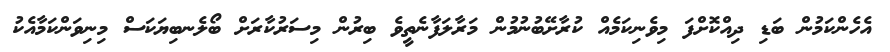
އެހެންކަމުން ބަޑި ދިއްކޮށްފަ މިވެނިކަމެއް ކުރާށޭބުނުމުން މަރާލަފާނެތީވެ ބިރުން މިސަރުކާރަށް ބޯލެނބިޔަކަސް މިނިވަންކަމާއެކު